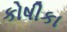
કોષીકા